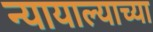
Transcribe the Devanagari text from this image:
न्यायाल्याच्या